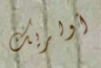
أولريك